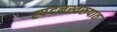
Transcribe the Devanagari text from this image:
स्पंदनस्वरूपात